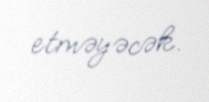
etməyəcək.